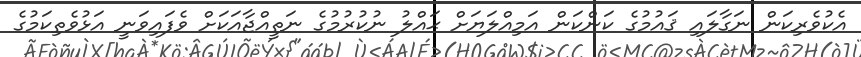
އެކުވެރިކަން ނަގާލައި ޤައުމުގެ ކަންކަން އަމިއްލަޔަށް ޙައްލު ނުކުރުމުގެ ނަތީއްޖާއަކަށް ވެފައިވަނީ އަޅުވެތިކަމުގެ